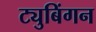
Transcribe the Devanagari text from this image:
ट्युबिंगन